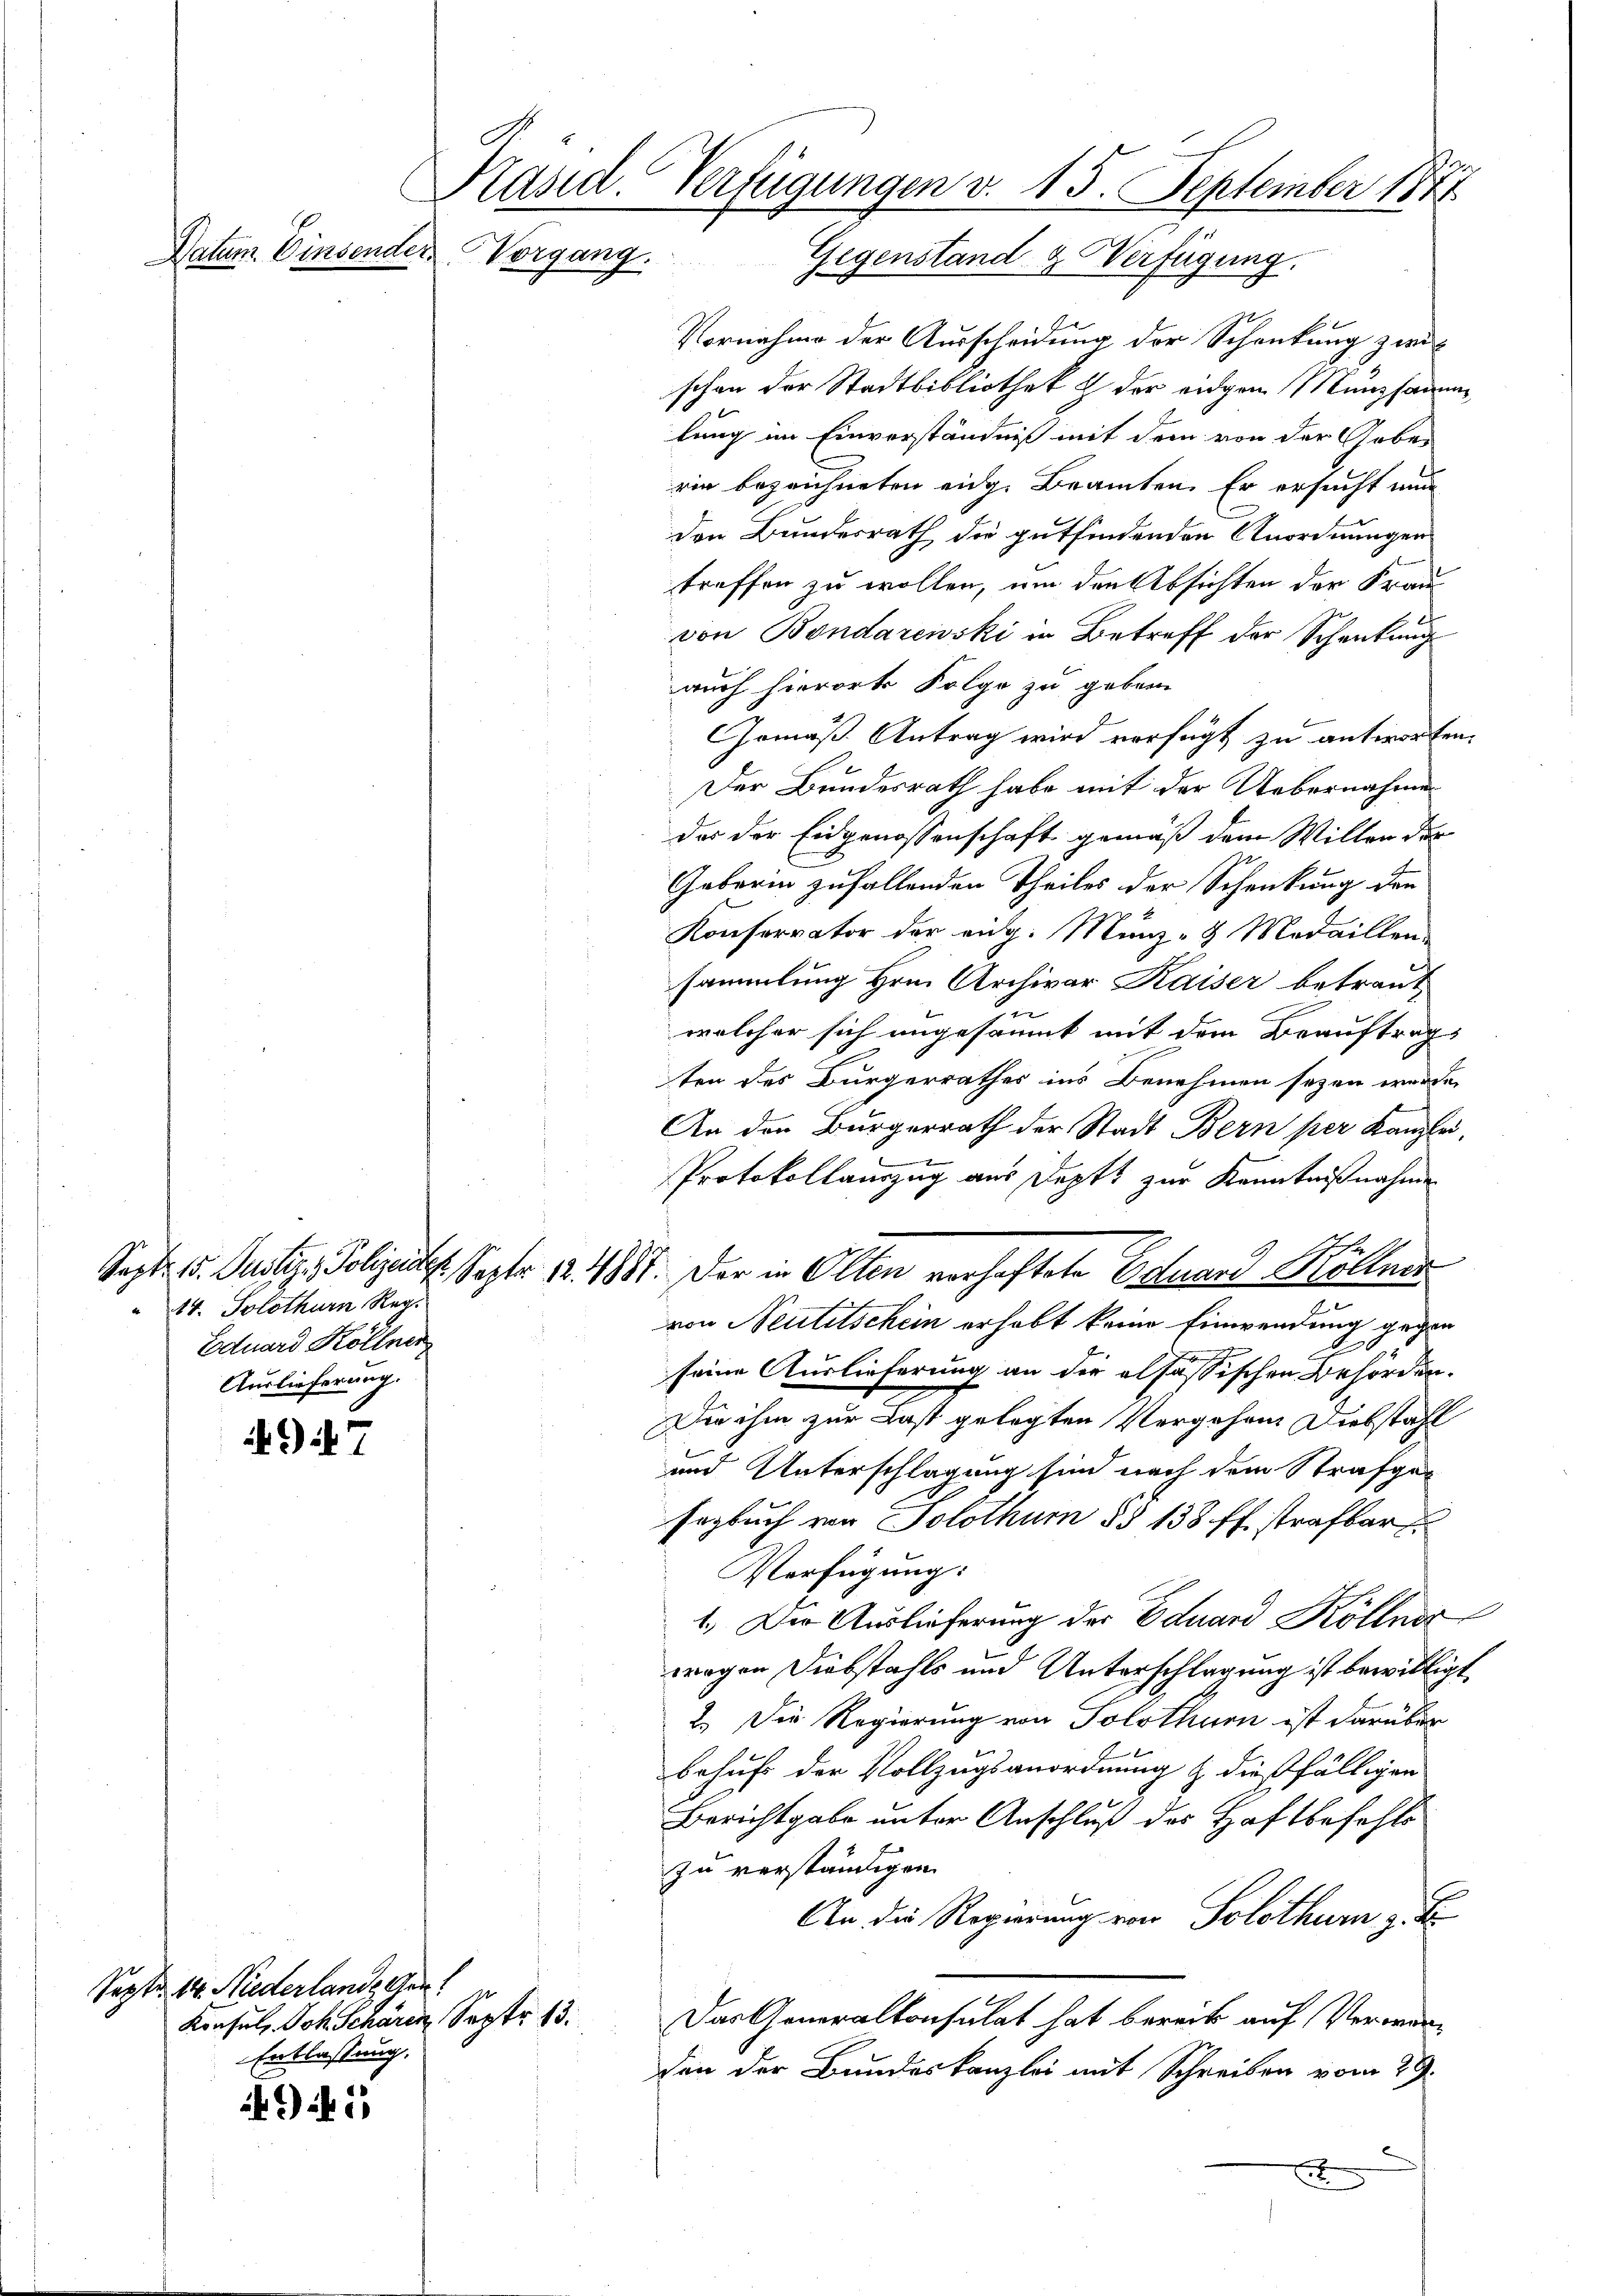
14. Solothurn Reg.
Eduard Köllner
Auslieferung.

Sept. 14. Niederlande Gen
Konsul, Joh. Scharen Sept. 13.
Entlassung.

Kasid. Verfügungen v. 15. September 1871
Datum. Einsender Vorgang.
Gegenstand & Verfügung.

1) . 7

95

Vornahme der Ausscheidung der Schenkung zwei
schon der Stadtbibliothek & der eidgen Munzsamm
lung im Einverständniß mit dem von der Gobes
rin bezeichneten eidg. Beamten. Er ersucht nun
den Bundesrath die gutfindenden Anordnungen
treffen zu wollen, um den Absichten der Frau
von Bondarewski in Betreff der Schenkung
auch hierort Folge zu geben
Gemäß Antrag wird verfügt zu antworten.
Der Bundesrath habe mit der Uebernahme
der der Eidgenossenschaft gemäß dem Willen der
Geberin zufallenden Theiles der Schenkung den
Konferrator der eidg. Münz- & Medaillen-
sammlung Hrn. Archivar Kaiser betraut
welcher sich angesäumt mit dem Beauftrags
ten des Bürgerrathes ins Benehmen sezen werden
An den Bürgerrath der Stadt Bern per Kanzlei,
Protokollauszug aus Deptt zur Kenntnißnahme
Sept. 15. Justiz, Polizeist. Sept. 18. 4887. Der in Olten verhaftete Eduard Köllner
von Neutischein erhebt keine Einwendung gegen
.
u
seine Auslieferung an die elsassischen Behörden.
Die ihm zur Last gelegten Vergehen Diebstahl
und Unterschlagung sind nach dem Strafgesegbuch von Solothur §§ 138 ff. strafbar
Verfügung:
1.) Die Auslieferung der Eduard Köllner
wegen Diebstahls und Unterschlagung ist bewilligt
2.) Die Regierung von Solothurn ist darüber
behufs der Vollzugsanordnung & dießfälligen
Berichtgabe unter Anschluß des Haftbefehls
zu verständigen.
An die Regierung von Solothur zu E
Das Generalkonsulat hat bereits auf Verwandon der Bundeskanzlei mit Schreiben vom 29.
x